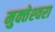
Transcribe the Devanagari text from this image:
मुक्‍तेश्‍वरा